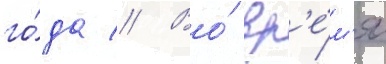
го́да // Во́ вр'е́м'я